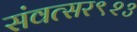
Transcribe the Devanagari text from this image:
संवत्सर९२३